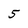
Character: 5